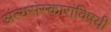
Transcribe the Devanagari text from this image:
अंत्यसंस्कारांविषयी